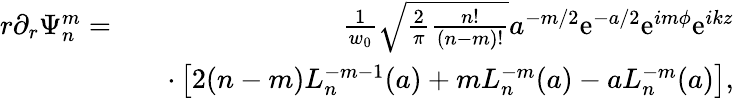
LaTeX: \begin{array}{rlr}{r\partial_{r}\Psi_{n}^{m}=}&{}&{\frac{1}{w_{0}}\sqrt{\frac{2}{\pi}\frac{n!}{(n-m)!}}a^{-m/2}\mathrm{e}^{-a/2}\mathrm{e}^{im\phi}\mathrm{e}^{ikz}}\\ &{}&{\cdot\left[2(n-m)L_{n}^{-m-1}(a)+mL_{n}^{-m}(a)-aL_{n}^{-m}(a)\right],}\end{array}